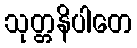
သုတ္တနိပါတေ